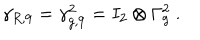
\gamma _ { R , 9 } = \gamma _ { g , 9 } ^ { 2 } = I _ { 2 } \otimes \Gamma _ { g } ^ { 2 } ~ .